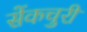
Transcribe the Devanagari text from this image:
सेंकचुरी